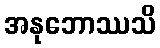
အနုဘောဿသိ